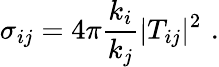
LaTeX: \sigma_{ij}=4\pi{\frac{k_{i}}{k_{j}}}|T_{ij}|^{2}\, \, .